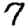
Digit: 7